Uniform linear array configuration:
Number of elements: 12
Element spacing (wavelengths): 0.5
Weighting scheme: cosine
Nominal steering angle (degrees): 30
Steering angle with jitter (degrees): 30.993
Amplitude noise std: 0.05
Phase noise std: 0.05

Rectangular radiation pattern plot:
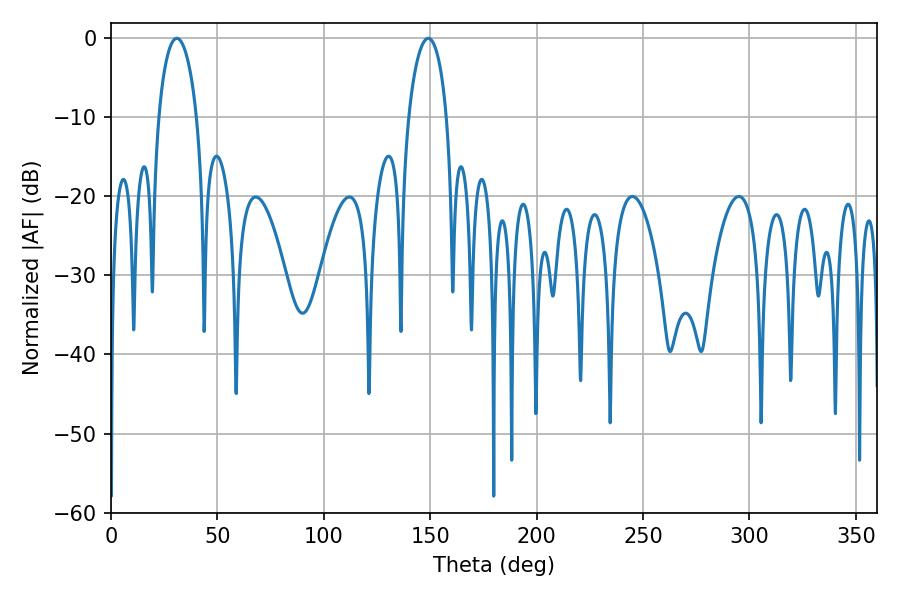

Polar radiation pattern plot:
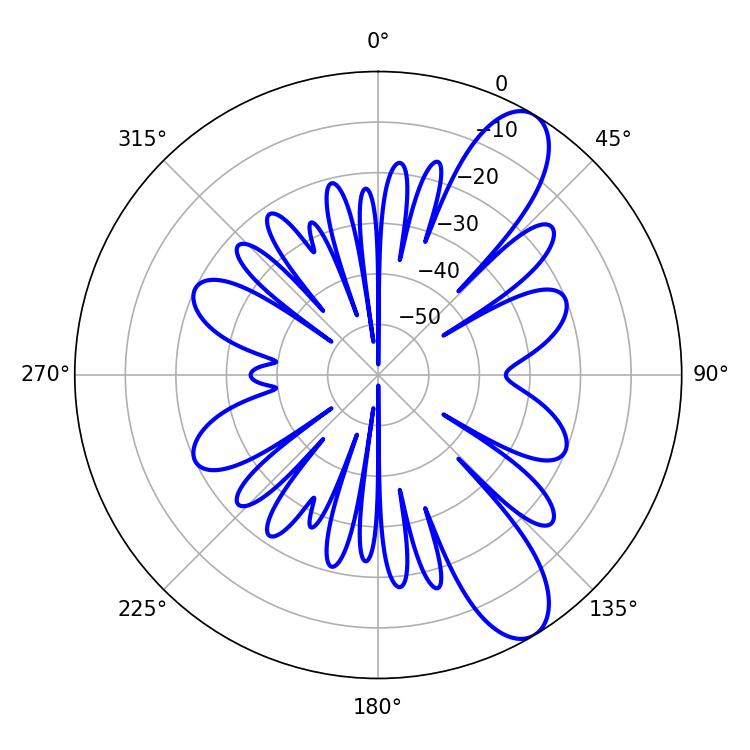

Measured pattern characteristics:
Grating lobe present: FALSE
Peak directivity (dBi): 10.052
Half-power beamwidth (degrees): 10.26
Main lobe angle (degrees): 30.96